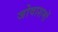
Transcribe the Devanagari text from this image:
जोवाशमों